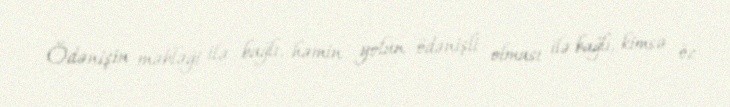
Ödənişin məbləği ilə bağlı, həmin yolun ödənişli olması ilə bağlı, kimsə öz